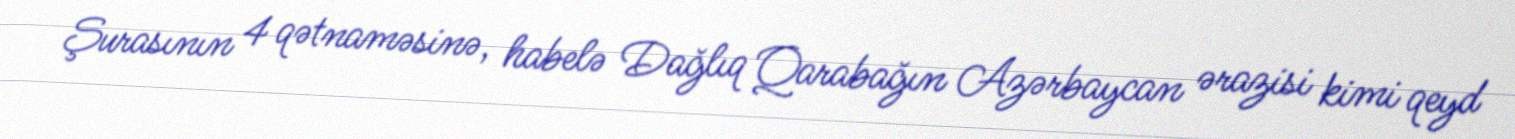
Şurasının 4 qətnaməsinə, habelə Dağlıq Qarabağın Azərbaycan ərazisi kimi qeyd